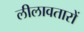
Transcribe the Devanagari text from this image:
लीलावतारों